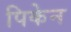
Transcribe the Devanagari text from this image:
पिकेन